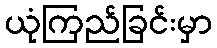
ယုံကြည်ခြင်းမှာ